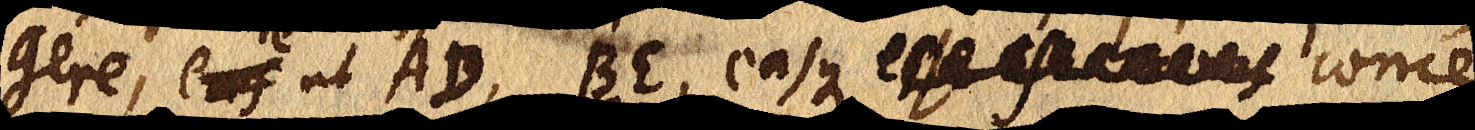
gere, eas ut AD, BE, easque esse isochronas conce